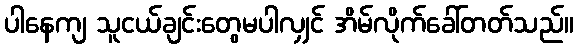
ပါနေကျ သူငယ်ချင်းတွေမပါလျှင် အိမ်လိုက်ခေါ်တတ်သည်။